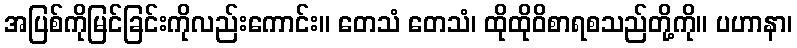
အပြစ်ကိုမြင်ခြင်းကိုလည်းကောင်း။ တေသံ တေသံ၊ ထိုထိုဝိစာရစသည်တို့ကို။ ပဟာနာ၊